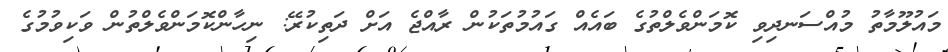
މައުލޫމާތު މުއްސަނދިވި ކޮމަންވެލްތުގެ ބައެއް ގައުމުތަކުން ރާއްޖެ އަށް ދަތިކުރޭ: ނިހާންކޮމަންވެލްތުން ވަކިވުމުގެ